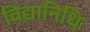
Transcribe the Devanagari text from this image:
विद्यानिधिः